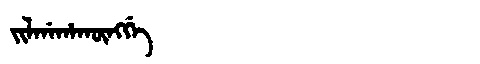
Manchu: ᠵᡳᠯᡤᠠᡥᠠᡴᡡᠩᡤᡝ
Romanization: JILGAHAKŪNGGE